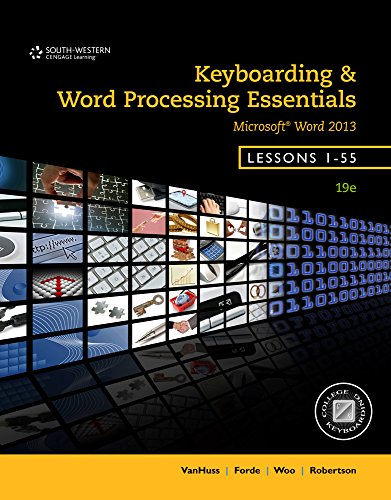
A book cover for Keyboarding and Word Processing Essentials, Lessons 1-55; Susie H. Vanhuss; Computers & Technology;